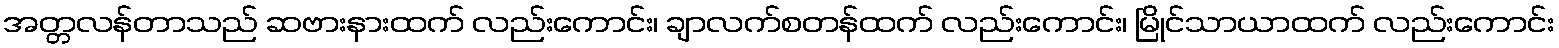
အတ္တလန်တာသည် ဆဗားနားထက် လည်းကောင်း၊ ချာလက်စတန်ထက် လည်းကောင်း၊ မြိုင်သာယာထက် လည်းကောင်း